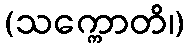
(သက္ကောတိ၊)